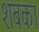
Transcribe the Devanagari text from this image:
शबका